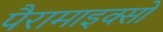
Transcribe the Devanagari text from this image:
पैरामाइक्सो